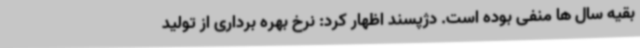
بقیه سال ها منفی بوده است. دژپسند اظهار کرد: نرخ بهره برداری از تولید